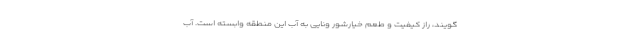
گویند، راز کیفیت و طعم خیارشور ونایی به آب این منطقه وابسته است. آب